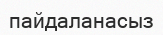
пайдаланасыз